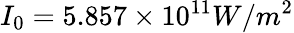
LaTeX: I_{0}=5.857\times 10^{11}W/m^{2}